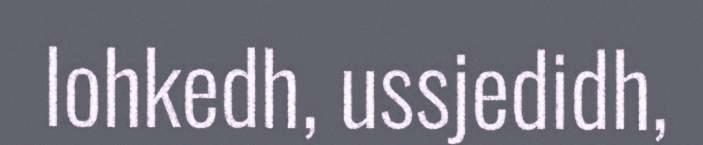
lohkedh, ussjedidh,